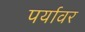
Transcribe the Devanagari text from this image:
पर्यावर